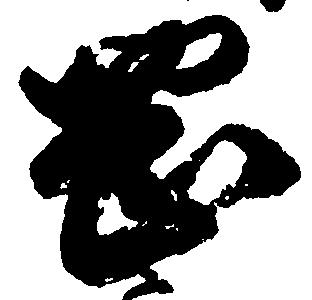
岡